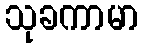
သုခကာမာ